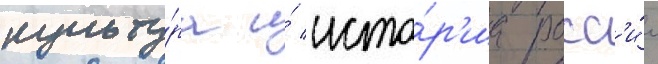
культу́ра и́ исто́р'иа росс'и́и